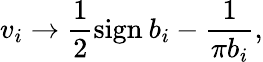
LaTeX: v_{i}\to\frac{1}{2}\mathrm{sign}\: b_{i}-\frac{1}{\pi b_{i}},